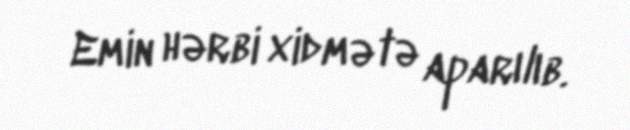
Emin hərbi xidmətə aparılıb.